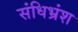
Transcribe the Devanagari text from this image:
संधिभ्रंश